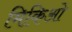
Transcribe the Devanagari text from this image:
मिकिओ